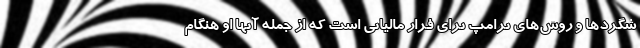
شگردها و روش‌های ترامپ برای فرار مالیاتی است که از جمله آنها او هنگام